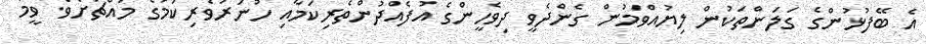
އެ ބޭފުޅުންގެ ގަލަންތަކުން ލިޔުއްވަމުން ގެންދެވީ ދިވެހީންގެ އުފެއްދުންތެރިކަމާއި ހުނަރުވެރިކަމުގެ މައްޗަށެވެ. ވީމާ